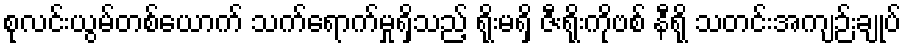
စုလင်းယွမ်တစ်ယောက် သက်ရောက်မှုရှိသည့် ရိုးမရှိ ဇီးရိုးကိုဗစ် နီရို သတင်းအကျဉ်းချုပ်